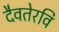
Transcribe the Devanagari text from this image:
दैवतेरवि